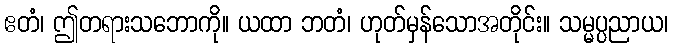
ဧတံ၊ ဤတရားသဘောကို။ ယထာ ဘတံ၊ ဟုတ်မှန်သောအတိုင်း။ သမ္မပ္ပညာယ၊